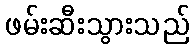
ဖမ်းဆီးသွားသည်